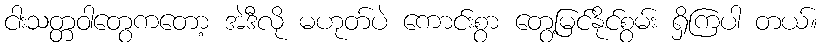
ငါးသတ္တဝါတွေကတော့ အဲဒီလို မဟုတ်ပဲ ကောင်းစွာ တွေ့မြင်နိုင်စွမ်း ရှိကြပါ တယ်။